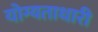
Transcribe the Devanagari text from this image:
योग्यताधारी